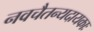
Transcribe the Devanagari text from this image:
नवचैतन्यदायकाः